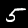
Label: 5